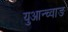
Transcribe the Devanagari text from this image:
युआन्च्वाङ